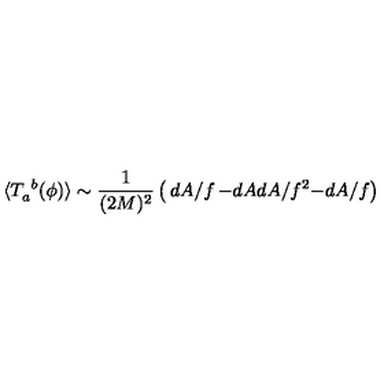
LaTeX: \langle T _ { a } ^ { \ b } ( \phi ) \rangle \sim \frac { 1 } { ( 2 M ) ^ { 2 } } \left( \begin{matrix} { d A / f } & { - d A } \\ { d A / f ^ { 2 } } & { - d A / f } \\ \end{matrix} \right)